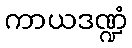
ကာယဒဏ္ဍံ